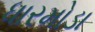
ધારમોડા